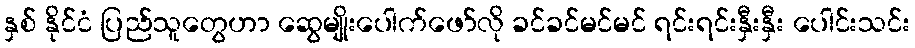
နှစ် နိုင်ငံ ပြည်သူတွေဟာ ဆွေမျိုးပေါက်ဖော်လို ခင်ခင်မင်မင် ရင်းရင်းနှီးနှီး ပေါင်းသင်း